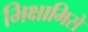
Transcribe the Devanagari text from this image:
भिक्षामिसे